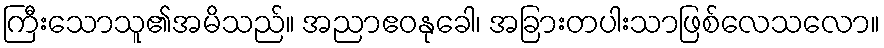
ကြီးသောသူ၏အမိသည်။ အညာဧဝနုခေါ၊ အခြားတပါးသာဖြစ်လေသလော။